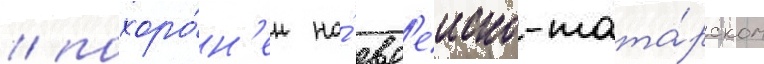
/ похоро́н'ен на́ евр'еиско-тата́рском